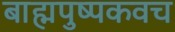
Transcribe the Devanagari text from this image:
बाह्मपुष्पकवच